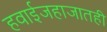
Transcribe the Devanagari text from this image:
हवाईजहाजातही